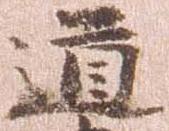
道